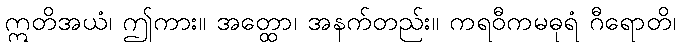
ဣတိအယံ၊ ဤကား။ အတ္ထော၊ အနက်တည်း။ ကရဝီကမဓုရံ ဂီရောတိ၊